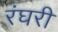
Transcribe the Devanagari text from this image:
रंघरी